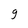
Character: g